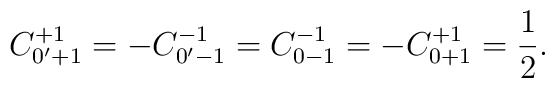
C_{0'+1}^{+1} = -C_{0' -1}^{-1} = C_{0 -1}^{-1} =	-C_{0 +1}^{+1} = \frac{1}{2}.